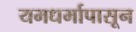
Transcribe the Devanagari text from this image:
यमधर्मापासून